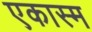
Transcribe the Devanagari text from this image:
एकास्म